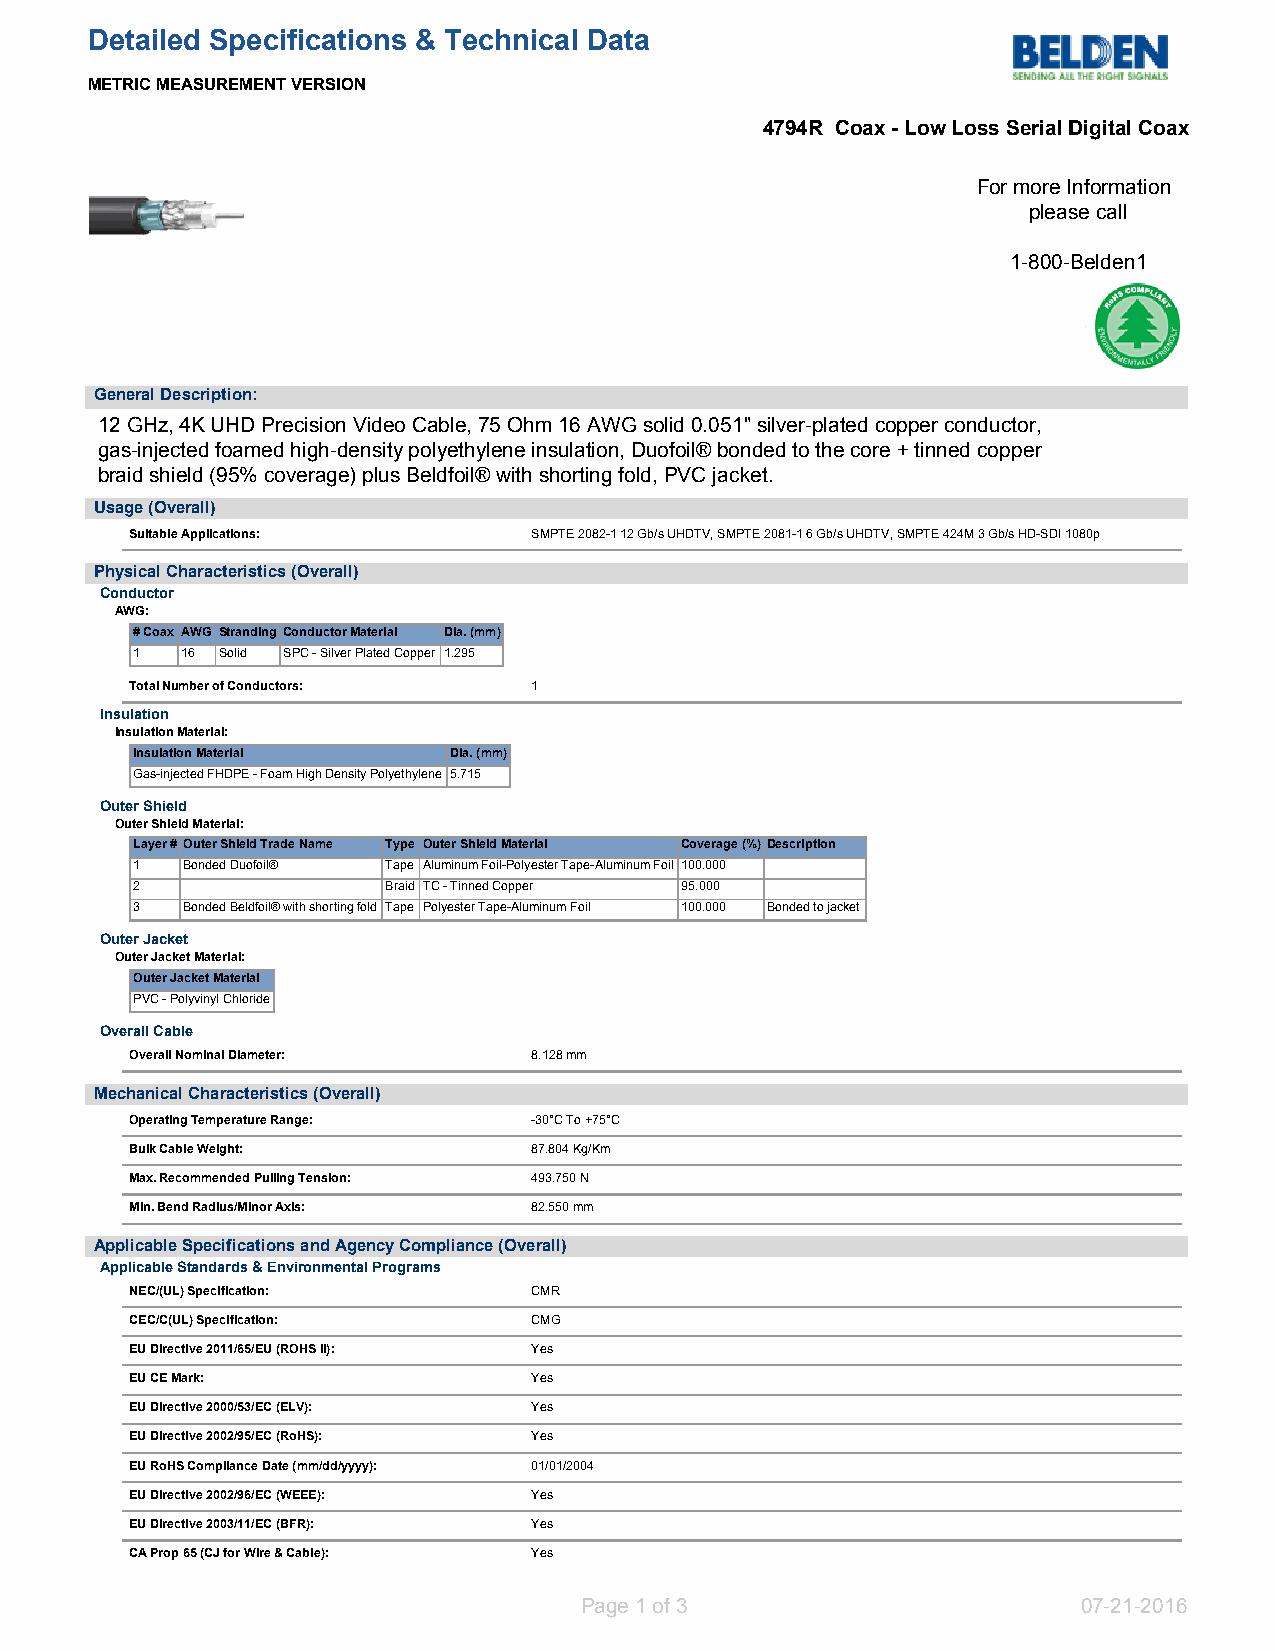
Detailed Specifications & Technical Data
 METRIC MEASUREMENT VERSION
 4794R Coax - Low Loss Serial Digital Coax
 For more Information
 please call
 1-800-Belden1
 General Description:
 12 GHz, 4K UHD Precision Video Cable, 75 Ohm 16 AWG solid 0.051" silver-plated copper conductor,
 gas-injected foamed high-density polyethylene insulation, Duofoil® bonded to the core + tinned copper
 braid shield (95% coverage) plus Beldfoil® with shorting fold, PVC jacket.
 Usage (Overall)
 Suitable Applications:    SMPTE 2082-1 12 Gb/s UHDTV, SMPTE 2081-1 6 Gb/s UHDTV, SMPTE 424M 3 Gb/s HD-SDI 1080p
 Physical Characteristics (Overall)
 Conductor
 AWG:
 # Coax AWG Stranding Conductor Material Dia. (mm)
 1  16 Solid SPC - Silver Plated Copper 1.295
 Total Number of Conductors: 1
 Insulation
 Insulation Material:
 Insulation Material  Dia. (mm)
 Gas-injected FHDPE - Foam High Density Polyethylene 5.715
 Outer Shield
 Outer Shield Material:
 Layer #Outer Shield Trade Name Type Outer Shield Material Coverage (%)Description
 1  Bonded Duofoil® Tape Aluminum Foil-Polyester Tape-Aluminum Foil 100.000
 2                Braid TC - Tinned Copper 95.000
 3  Bonded Beldfoil® with shorting fold Tape Polyester Tape-Aluminum Foil 100.000 Bonded to jacket
 Outer Jacket
 Outer Jacket Material:
 Outer Jacket Material
 PVC - Polyvinyl Chloride
 Overall Cable
 Overall Nominal Diameter: 8.128 mm
 Mechanical Characteristics (Overall)
 Operating Temperature Range: -30°C To +75°C
 Bulk Cable Weight:        87.804 Kg/Km
 Max. Recommended Pulling Tension: 493.750 N
 Min. Bend Radius/Minor Axis: 82.550 mm
 Applicable Specifications and Agency Compliance (Overall)
 Applicable Standards & Environmental Programs
 NEC/(UL) Specification:   CMR
 CEC/C(UL) Specification:  CMG
 EU Directive 2011/65/EU (ROHS II): Yes
 EU CE Mark:               Yes
 EU Directive 2000/53/EC (ELV): Yes
 EU Directive 2002/95/EC (RoHS): Yes
 EU RoHS Compliance Date (mm/dd/yyyy): 01/01/2004
 EU Directive 2002/96/EC (WEEE): Yes
 EU Directive 2003/11/EC (BFR): Yes
 CA Prop 65 (CJ for Wire & Cable): Yes
 Page 1 of 3                       07-21-2016